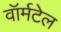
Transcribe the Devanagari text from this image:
वॉर्मटेल